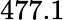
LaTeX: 477.1